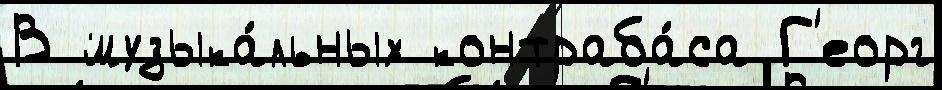
В музыка́льных контраба́са Г'еорг